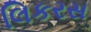
લિકરસ